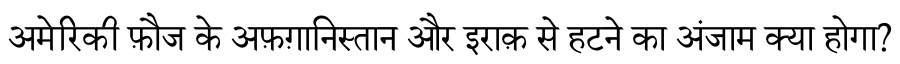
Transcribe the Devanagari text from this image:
अमेरिकी फ़ौज के अफ़ग़ानिस्तान और इराक़ से हटने का अंजाम क्या होगा?